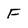
Character: F